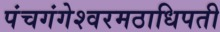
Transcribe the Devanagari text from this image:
पंचगंगेश्वरमठाधिपती